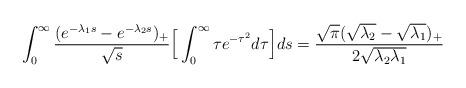
LaTeX: \begin{align*}\int_0^\infty\frac{(e^{-\lambda_{1} s}-e^{-\lambda_{2}s})_+}{\sqrt{s}}\Big[\int_0^\infty \tau e^{-\tau^2}d\tau\Big]ds =\frac{\sqrt{\pi}(\sqrt{\lambda_2}-\sqrt{\lambda_1})_{+}}{2\sqrt{\lambda_2\lambda_1}}\end{align*}